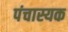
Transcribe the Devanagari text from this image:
पंचास्यक